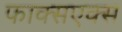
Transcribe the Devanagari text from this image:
फाक्सएक्स